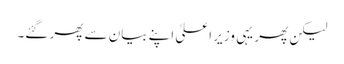
لیکن پھر یہی وزیرِ اعلیٰ اپنے بیان سے پھر گئے۔